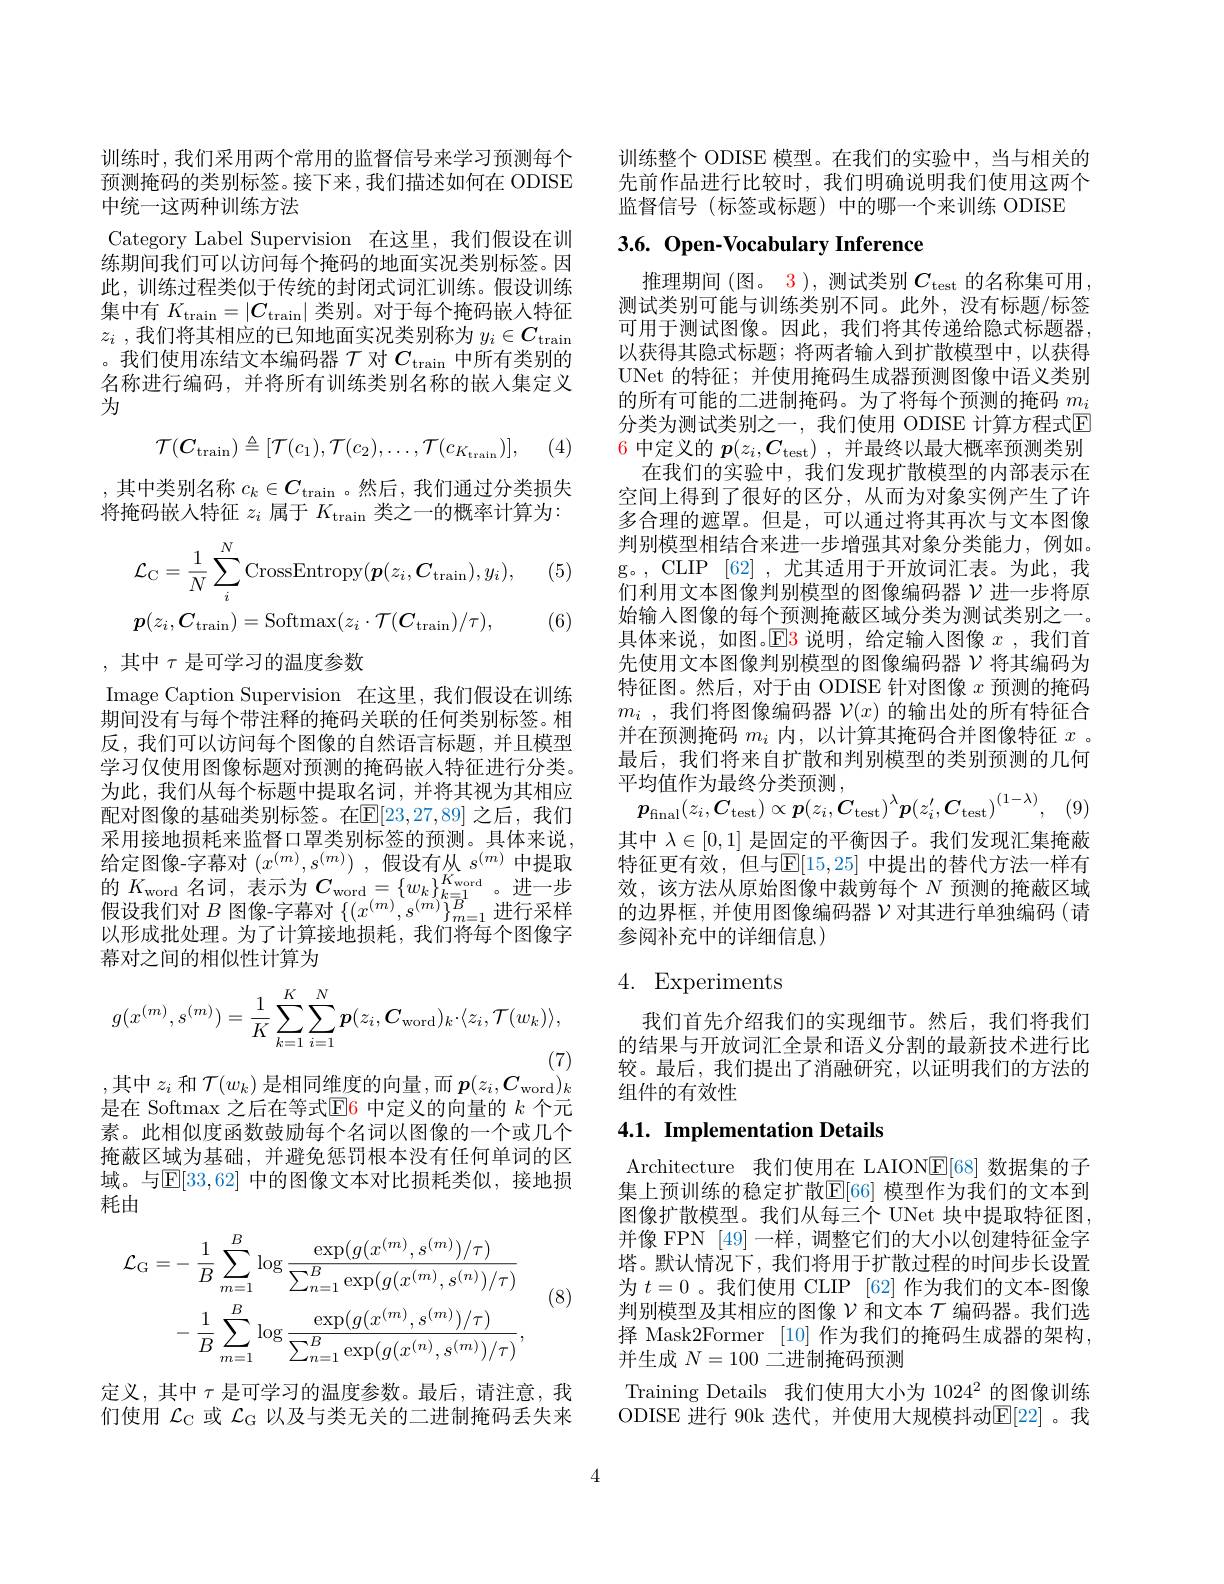
训练时，我们采用两个常用的监督信号来学习预测每个预测掩码的类别标签。接下来，我们描述如何在 ODISE 中统一这两种训练方法

Category Label Supervision 在这里，我们假设在训练期间我们可以访问每个掩码的地面实况类别标签。因此，训练过程类似于传统的封闭式词汇训练。假设训练集中有$K_\tan=|C_\tan|$类别。对于每个掩码嵌入特征$z_i$ ,我们将其相应的已知地面实况类别称为 $y_i\in C_{\mathrm{train}}$ 。我们使用冻结文本编码器$\mathcal{T}$对$C_\mathrm{train}$中所有类别的名称进行编码，并将所有训练类别名称的嵌人集定义为
$$\mathcal{T}(\boldsymbol{C}_{\mathrm{train}})\triangleq[\mathcal{T}(c_{1}),\mathcal{T}(c_{2}),\ldots,\mathcal{T}(c_{K_{\mathrm{train}}})],$$
(4)

,其中类别名称$c_k\in C_{\mathrm{train}}$ 。然后，我们通过分类损失将掩码嵌入特征$z_i$属于$K_\mathrm{train}$类之一的概率计算为：
$$\mathcal{L}_{\mathrm{C}}=\frac{1}{N}\sum_{i}^{N}\mathrm{CrossEntropy}(\boldsymbol{p}(z_{i},\boldsymbol{C}_{\mathrm{train}}),y_{i}),\\\boldsymbol{p}(z_{i},\boldsymbol{C}_{\mathrm{train}})=\mathrm{Softmax}(z_{i}\cdot\mathcal{T}(\boldsymbol{C}_{\mathrm{train}})/\tau),$$
(5)

(6)

,其中$\tau$是可学习的温度参数

Image Caption Supervision 在这里，我们假设在训练期间没有与每个带注释的掩码关联的任何类别标签。相反，我们可以访问每个图像的自然语言标题，并且模型学习仅使用图像标题对预测的掩码嵌入特征进行分类。为此，我们从每个标题中提取名词，并将其视为其相应配对图像的基础类别标签。在$\mathbb{E}[23,27,89]$ 之后，我们采用接地损耗来监督口罩类别标签的预测。具体来说， 给定图像-字幕对$( x^( m) , s^{( m) })$ ,假设有从$s^(m)$中提取的 $K_{\mathrm{word}}$ 名 词 , 表 示 为 $C_{\mathrm{word}}= \{ w_{k}\} _{k= 1}^{K_{\mathrm{word}}}$ 。进 一 步 加 冲 在 对 于 上 , 可 可 能 在 $( m) = ( m)$ $( m) ) _{1}^{1}B$ 出 行 四 世假设我们对$B$图像-字幕对$\{(x^{(m)},s^{(m)}\}_{m=1}^{n}$进行采样以形成批处理。为了计算接地损耗，我们将每个图像字幕对之间的相似性计算为
$$g(x^{(m)},s^{(m)})=\frac{1}{K}\sum_{k=1}^{K}\sum_{i=1}^{N}p(z_{i},\boldsymbol{C}_{\mathrm{word}})_{k}\cdot\langle z_{i},\mathcal{T}(w_{k})\rangle,$$
,其中$z_i$ 和 $\mathcal{T}(w_k)$ 是相同维度的向量，而 $p(z_i,\boldsymbol{C}_\mathrm{word})_k$是在 Softmax 之后在等式$\underline{\mathrm{E}}$6 中定义的向量的 $k$ 个元

素。此相似度函数鼓励每个名词以图像的一个或几个掩蔽区域为基础，并避免惩罚根本没有任何单词的区域。与$\mathbb{E}[33,62]$ 中的图像文本对比损耗类似，接地损耗由

(8)
$$\begin{aligned}\mathcal{L}_{\mathrm{G}}&=-\:\frac{1}{B}\sum_{m=1}^{B}\log\frac{\exp(g(x^{(m)},s^{(m)})/\tau)}{\sum_{n=1}^{B}\exp(g(x^{(m)},s^{(n)})/\tau)}\\&-\:\frac{1}{B}\sum_{m=1}^{B}\log\frac{\exp(g(x^{(m)},s^{(m)})/\tau)}{\sum_{n=1}^{B}\exp(g(x^{(n)},s^{(m)})/\tau)},\end{aligned}$$
定义，其中$\tau$是可学习的温度参数。最后，请注意，我们使用$\mathcal{L}_\mathrm{C}$或$\mathcal{L}_\mathrm{G}$以及与类无关的二进制掩码丢失来

训练整个 ODISE 模型。在我们的实验中，当与相关的先前作品进行比较时，我们明确说明我们使用这两个监督信号 (标签或标题)中的哪一个来训练 ODISE

# 3.6. Open-Vocabulary Inference

推理期间 (图。3), 测试类别$C_\mathrm{test}$的名称集可用测试类别可能与训练类别不同。此外，没有标题/标签可用于测试图像。因此，我们将其传递给隐式标题器， 以获得其隐式标题；将两者输入到扩散模型中，以获得UNet 的特征；并使用掩码生成器预测图像中语义类别的所有可能的二进制掩码。为了将每个预测的掩码$m_i$ 分类为测试类别之一，我们使用 ODISE 计算方程式$\mathbb{E}$ 6 中定义的$p(z_i,C_{\mathrm{test}})$ ,并最终以最大概率预测类别
在我们的实验中，我们发现扩散模型的内部表示在空间上得到了很好的区分，从而为对象实例产生了许多合理的遮罩。但是，可以通过将其再次与文本图像判别模型相结合来进一步增强其对象分类能力，例如。g。,CLIP [62] ,尤其适用于开放词汇表。为此，我们利用文本图像判别模型的图像编码器$\nu$进一步将原始输入图像的每个预测掩蔽区域分类为测试类别之一。具体来说，如图。$\color{red}{\operatorname*{E3}}$说明，给定输入图像 $x$ ,我们首先使用文本图像判别模型的图像编码器$\mathcal{V}$将其编码为特征图。然后，对于由 ODISE 针对图像$x$预测的掩码$m_i$ ,我们将图像编码器$\mathcal{V}(x)$的输出处的所有特征合并在预测掩码$m_i$内，以计算其掩码合并图像特征$x$ 。最后，我们将来自扩散和判别模型的类别预测的几何平均值作为最终分类预测
$$p_{\mathrm{final}}(z_{i},C_{\mathrm{test}})\propto p(z_{i},C_{\mathrm{test}})^{\lambda}p(z_{i}^{\prime},C_{\mathrm{test}})^{(1-\lambda)},$$
其中$\lambda\in[0,1]$是固定的平衡因子。我们发现汇集掩蔽特征更有效，但与$\mathbb{E}[15,25]$ 中提出的替代方法一样有效，该方法从原始图像中裁剪每个$N$预测的掩蔽区域的边界框，并使用图像编码器$\nu$对其进行单独编码(请参阅补充中的详细信息)

# 4. Experiments

我们首先介绍我们的实现细节。然后，我们将我们的结果与开放词汇全景和语义分割的最新技术进行比较。最后，我们提出了消融研究，以证明我们的方法的组件的有效性

## 4.1. Implementation Details

Architecture 我们使用在 LAIONE[68] 数据集的子集上预训练的稳定扩散$\mathbb{E}[66]$ 模型作为我们的文本到图像扩散模型。我们从每三个 UNet 块中提取特征图， 并像 FPN [49]一样，调整它们的大小以创建特征金字塔。默认情况下，我们将用于扩散过程的时间步长设置为$t=0$ 。我们使用 CLIP [62] 作为我们的文本-图像判别模型及其相应的图像$\mathcal{V}$和文本$\mathcal{T}$编码器。我们选择 Mask2Former [10]作为我们的掩码生成器的架构， 并生成$N=100$二进制掩码预测
Training Details 我们使用大小为 1024$^{2}$的图像训练ODISE 进行 90k 迭代，并使用大规模抖动$\mathbb{E}[22]$。我

4